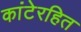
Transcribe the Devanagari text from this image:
कांटेरहित